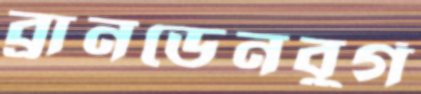
ব্রানডেনবুর্গ